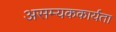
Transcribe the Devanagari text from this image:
असम्यककार्यता